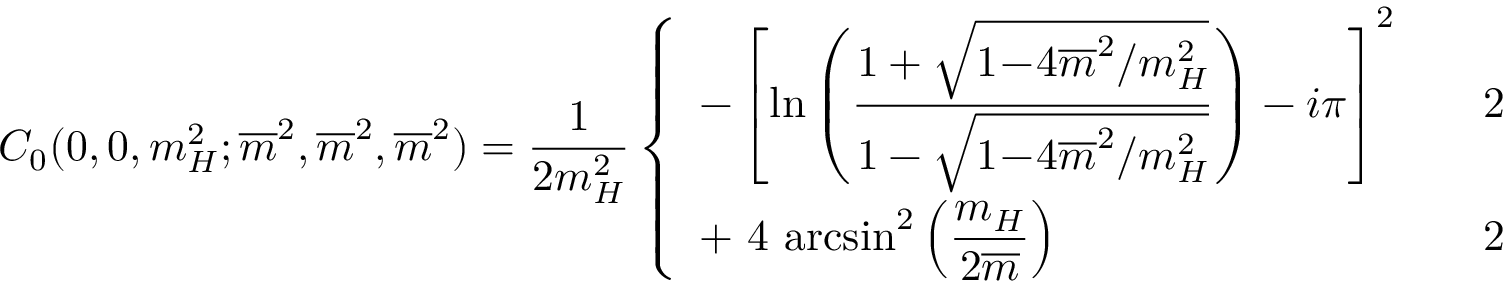
C _ { 0 } ( 0 , 0 , m _ { H } ^ { 2 } ; \overline { { { m } } } ^ { 2 } , \overline { { { m } } } ^ { 2 } , \overline { { { m } } } ^ { 2 } ) = \frac { 1 } { 2 m _ { H } ^ { 2 } } \left\{ \begin{array} { l l } { { \displaystyle - \left[ \mathrm { l n } \left( \frac { 1 + \sqrt { 1 \! - \! 4 \overline { { { m } } } ^ { 2 } / m _ { H } ^ { 2 } } } { 1 - \sqrt { 1 \! - \! 4 \overline { { { m } } } ^ { 2 } / m _ { H } ^ { 2 } } } \right) - i \pi \right] ^ { 2 } } } & { { \displaystyle \quad 2 \frac { \overline { { { m } } } } { m _ { H } } < 1 \, , } } \\ { { \displaystyle + \ 4 \, \arcsin ^ { 2 } \left( \frac { m _ { H } } { 2 \overline { { { m } } } } \right) } } & { { \displaystyle \quad 2 \frac { \overline { { { m } } } } { m _ { H } } \ge 1 \, . } } \end{array} \right.